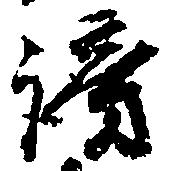
謗